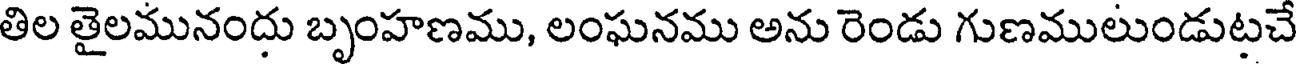
తిల తైలమునందు బృంహణము, లంఘనము అను రెండు గుణములుండుటచే